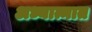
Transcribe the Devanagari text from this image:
अध्यात्मात